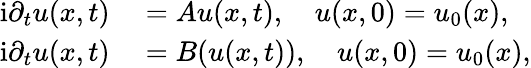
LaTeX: \begin{array}{rl}{\mathrm{i}\partial_{t}u(x,t)}&{{}=Au(x,t),\quad u(x,0)=u_{0}(x),}\\ {\mathrm{i}\partial_{t}u(x,t)}&{{}=B(u(x,t)),\quad u(x,0)=u_{0}(x),}\end{array}